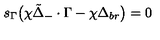
s _ { \Gamma } \bigl ( \chi { \tilde { \Delta } } _ { - } \cdot \Gamma - \chi \Delta _ { b r } \bigr ) = 0